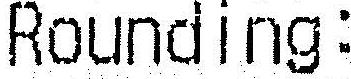
ROUNDING: